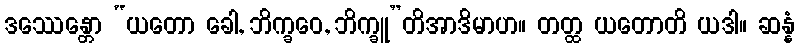
ဒဿေန္တော “ယတော ခေါ, ဘိက္ခဝေ, ဘိက္ခူ”တိအာဒိမာဟ။ တတ္ထ ယတောတိ ယဒါ။ ဆန္နံ